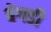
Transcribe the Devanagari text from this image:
बेगडी